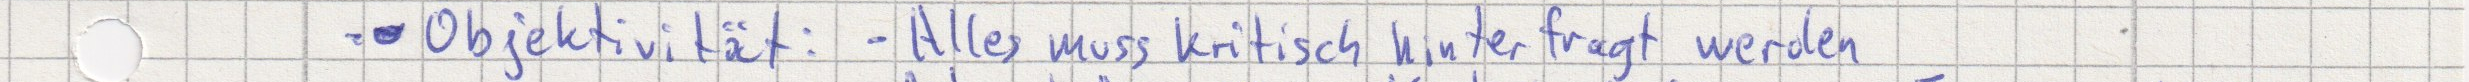
- Objektivität: - Alles muss kritisch hinterfragt werden